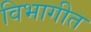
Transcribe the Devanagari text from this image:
विभागीत